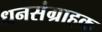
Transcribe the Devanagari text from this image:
धनसंग्राहक